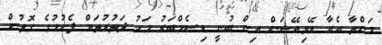
މަންތާ އެއާ އޭވިއޭޝަން އިން ބުނީ ޑިސެމްބަރު މަހު ދަތުރުތައް ފެށުމުގެ ގޮތުން